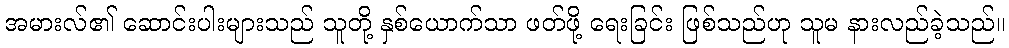
အမားလ်၏ ဆောင်းပါးများသည် သူတို့ နှစ်ယောက်သာ ဖတ်ဖို့ ရေးခြင်း ဖြစ်သည်ဟု သူမ နားလည်ခဲ့သည်။